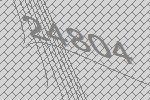
24804